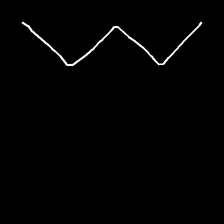
Glyph: crush